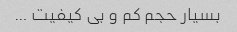
بسیار حجم کم و بی کیفیت …